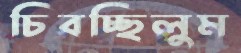
চিবচ্ছিলুম